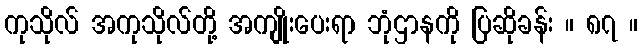
ကုသိုလ် အကုသိုလ်တို့ အကျိုးပေးရာ ဘုံဌာနကို ပြဆိုခန်း ။ ၈၇ ။